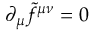
\partial _ { \mu } \widetilde { f } ^ { \mu \nu } = 0